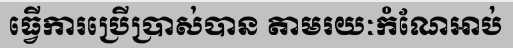
ធ្វើការប្រើប្រាស់បាន តាមរយៈកំណែអាប់